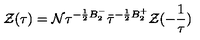
{ \cal { Z } } ( \tau { } ) = { \cal N } \tau ^ { - \frac { 1 } { 2 } B _ { 2 } ^ { - } } \bar { \tau } ^ { - \frac { 1 } { 2 } B _ { 2 } ^ { + } } { \cal { Z } } ( - \frac { 1 } { \tau } )